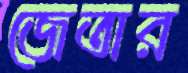
জেতার